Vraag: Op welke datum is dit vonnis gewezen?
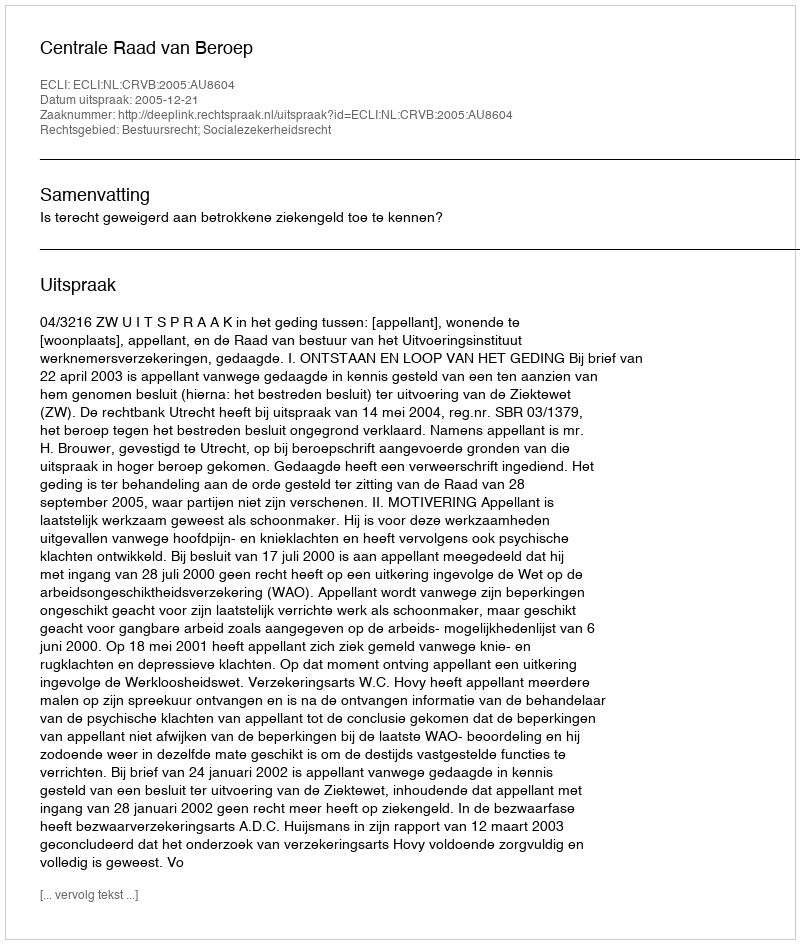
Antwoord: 2005-12-21